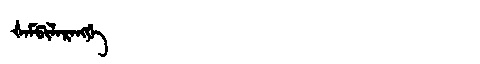
Manchu: ᡧᠠᠮᡦᡳᠯᠠᡵᠠᠩᡤᡝ
Romanization: ŠAMPILARANGGE